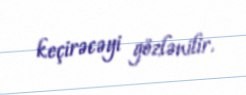
keçirəcəyi gözlənilir.